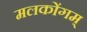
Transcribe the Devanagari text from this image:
मलकोंगम्